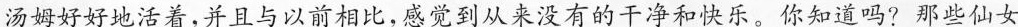
汤姆好好地活着，并且与以前相比，感觉到从来没有的干净和快乐。你知道吗??那些仙女